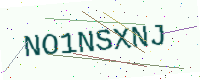
Text: NO1NSXNJ